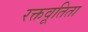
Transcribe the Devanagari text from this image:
रक्तवूतिता